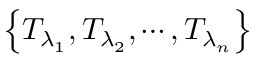
\left\{ { { T } _ { { \lambda } _ { 1 } } } , { { T } _ { { \lambda } _ { 2 } } } , \cdots , { { T } _ { { \lambda } _ { n } } } \right\}